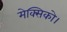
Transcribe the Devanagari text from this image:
मेक्सिको।